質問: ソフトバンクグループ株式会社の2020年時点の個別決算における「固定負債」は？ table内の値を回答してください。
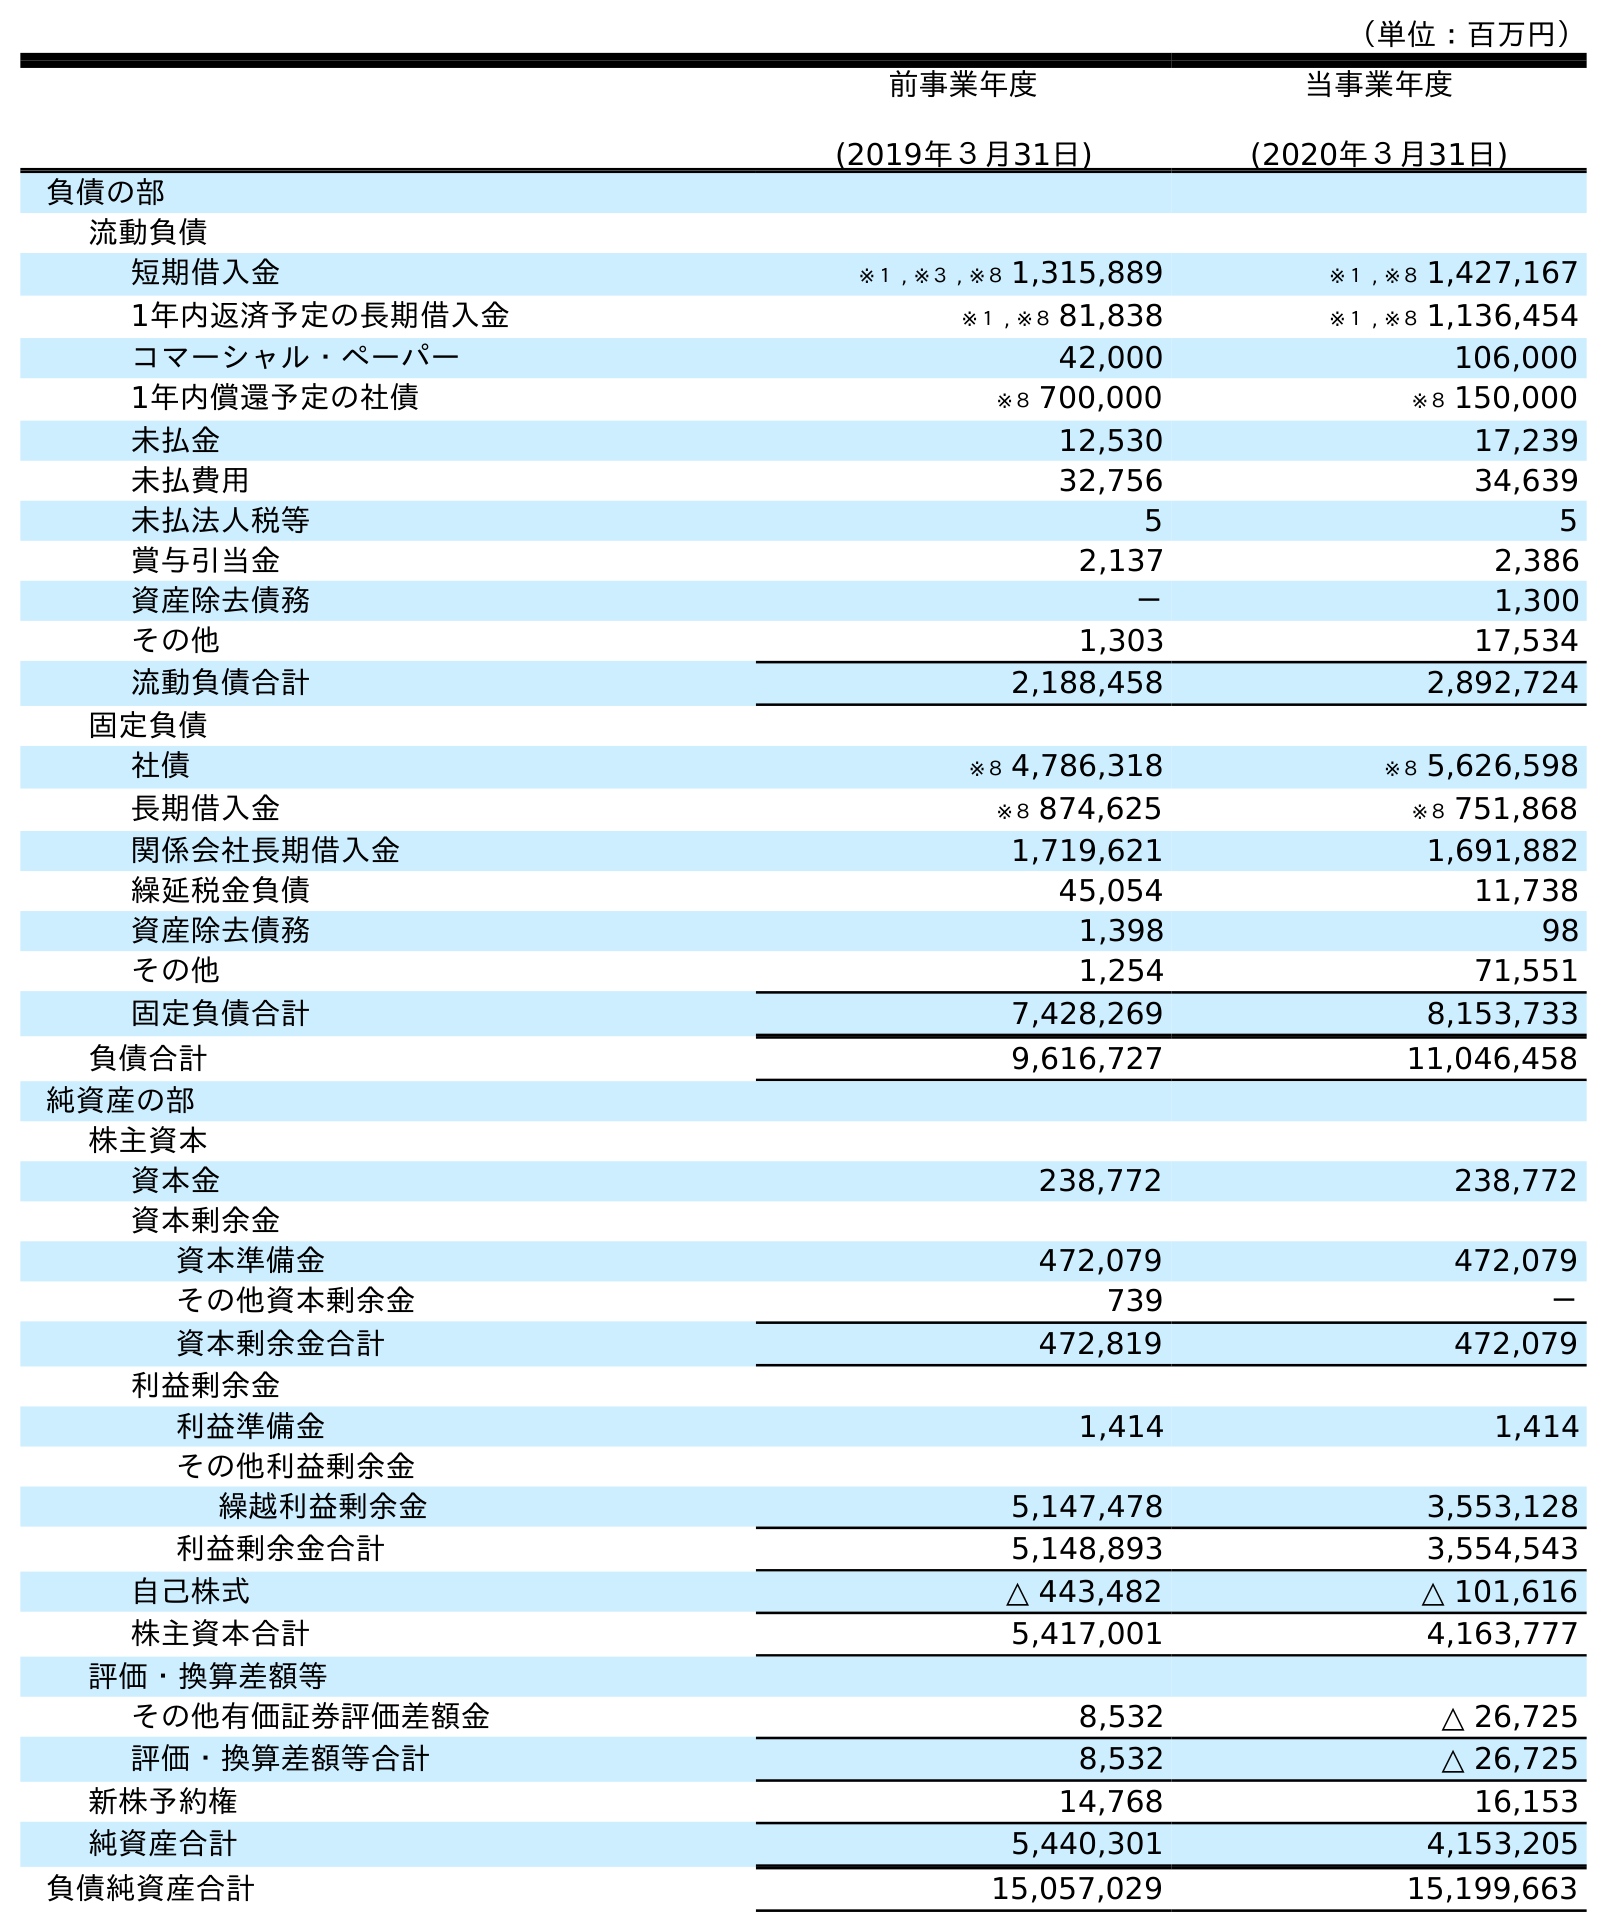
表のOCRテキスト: （単位：百万円） 前事業年度 (2019年３月31日) 当事業年度 (2020年３月31日) 負債の部 流動負債 短期借入金 ※１ , ※３ , ※８ 1,315,889 ※１ , ※８ 1,427,167 1年内返済予定の長期借入金 ※１ , ※８ 81,838 ※１ , ※８ 1,136,454 コマーシャル・ペーパー 42,000 106,000 1年内償還予定の社債 ※８ 700,000 ※８ 150,000 未払金 12,530 17,239 未払費用 32,756 34,639 未払法人税等 5 5 賞与引当金 2,137 2,386 資産除去債務 － 1,300 その他 1,303 17,534 流動負債合計 2,188,458 2,892,724 固定負債 社債 ※８ 4,786,318 ※８ 5,626,598 長期借入金 ※８ 874,625 ※８ 751,868 関係会社長期借入金 1,719,621 1,691,882 繰延税金負債 45,054 11,738 資産除去債務 1,398 98 その他 1,254 71,551 固定負債合計 7,428,269 8,153,733 負債合計 9,616,727 11,046,458 純資産の部 株主資本 資本金 238,772 238,772 資本剰余金 資本準備金 472,079 472,079 その他資本剰余金 739 － 資本剰余金合計 472,819 472,079 利益剰余金 利益準備金 1,414 1,414 その他利益剰余金 繰越利益剰余金 5,147,478 3,553,128 利益剰余金合計 5,148,893 3,554,543 自己株式 △ 443,482 △ 101,616 株主資本合計 5,417,001 4,163,777 評価・換算差額等 その他有価証券評価差額金 8,532 △ 26,725 評価・換算差額等合計 8,532 △ 26,725 新株予約権 14,768 16,153 純資産合計 5,440,301 4,153,205 負債純資産合計 15,057,029 15,199,663
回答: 8,153,733